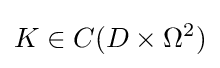
K\in C(D\times \Omega ^{2})